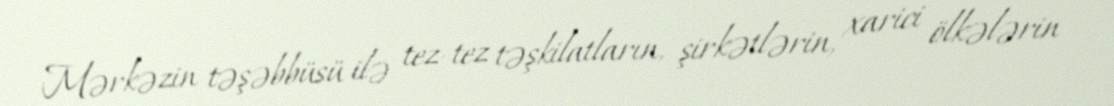
Mərkəzin təşəbbüsü ilə tez-tez təşkilatların, şirkətlərin, xarici ölkələrin